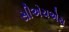
સીએચએસ